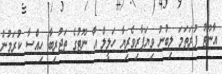
އާނޫޓު ފުރަތަމަ ލިބުނު ވިޔަފާރިވެރިޔާ ހަލީލް އާ ނޫޓުގެ ތަޖުރިބާ ހިއްސާ ކުރަމުން